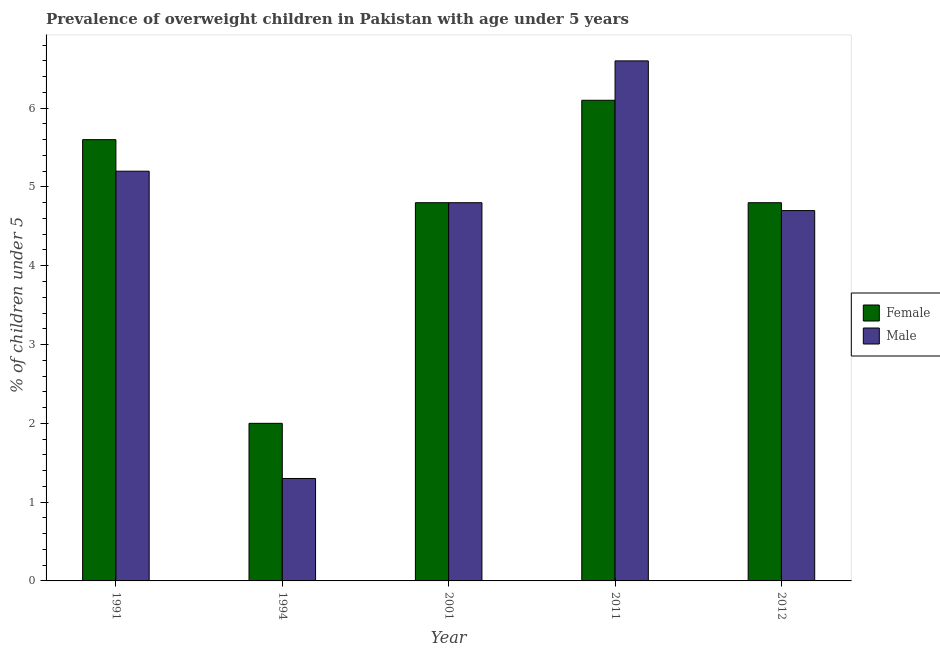
| Year | Female | Male |
 | --- | --- | --- |
 | 1991 | 5.6 | 5.2 |
 | 1994 | 2 | 1.3 |
 | 2001 | 4.8 | 4.8 |
 | 2011 | 6.1 | 6.6 |
 | 2012 | 4.8 | 4.7 |